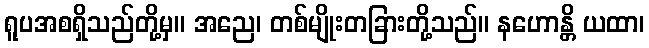
ရူပအစရှိသည်တို့မှ။ အညေ၊ တစ်မျိုးတခြားတို့သည်။ နဟောန္တိ ယထာ၊